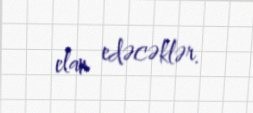
elan edəcəklər.